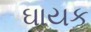
ઘાયક